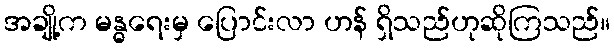
အချို့က မန္ဓရေးမှ ပြောင်းလာ ဟန် ရှိသည်ဟုဆိုကြသည်။